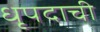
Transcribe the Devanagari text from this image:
धृपदाची